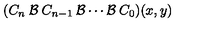
( C _ { n } \: { \cal { B } } \: C _ { n - 1 } \: { \cal { B } } \cdots { \cal { B } } \: C _ { 0 } ) ( x , y )